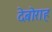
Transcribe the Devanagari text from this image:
देबोराह